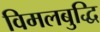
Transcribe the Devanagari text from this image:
विमलबुद्धि